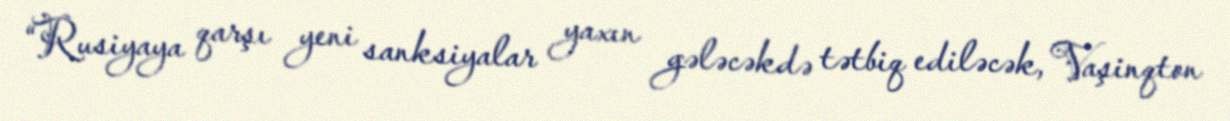
“Rusiyaya qarşı yeni sanksiyalar yaxın gələcəkdə tətbiq ediləcək, Vaşinqton